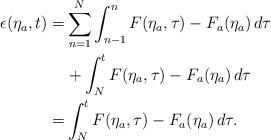
LaTeX: \begin{align*}\begin{aligned}\epsilon(\eta_a,t) =& \sum_{n = 1}^N\int_{n-1}^{n} F(\eta_a,\tau)-F_a(\eta_a)\,d \tau \\& +\int_{N}^{t} F(\eta_a,\tau)-F_a(\eta_a)\,d \tau\\=& \int_{N}^{t} F(\eta_a,\tau)-F_a(\eta_a)\,d \tau.\end{aligned}\end{align*}